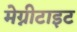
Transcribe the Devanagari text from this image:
मेग्नीटाइट